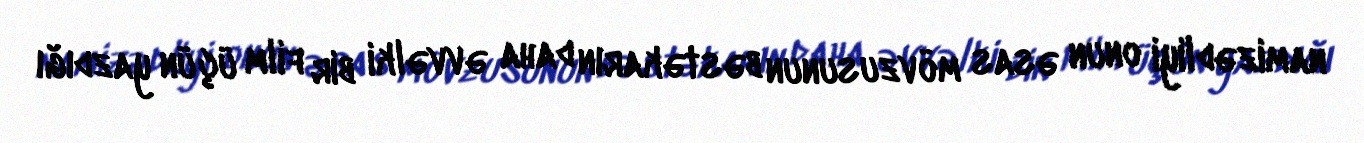
namizədliyi onun əsas mövzusunun bəstəkarın daha əvvəlki bir film üçün yazdığı